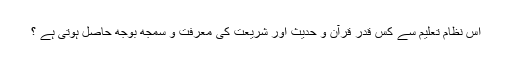
اس نظام تعلیم سے کس قدر قرآن و حدیث اور شریعت کی معرفت و سمجھ بوجھ حاصل ہوتی ہے ؟